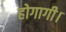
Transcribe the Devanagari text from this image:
होगागी।